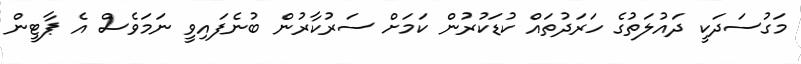
މަގުސަދަކީ ދައުލަތުގެ ހަރަދުތައް ކުޑަކުރުން ކަމަށް ސަރުކާރުން ބުނެފައިވީ ނަމަވެސް އެ ޕާޓީން